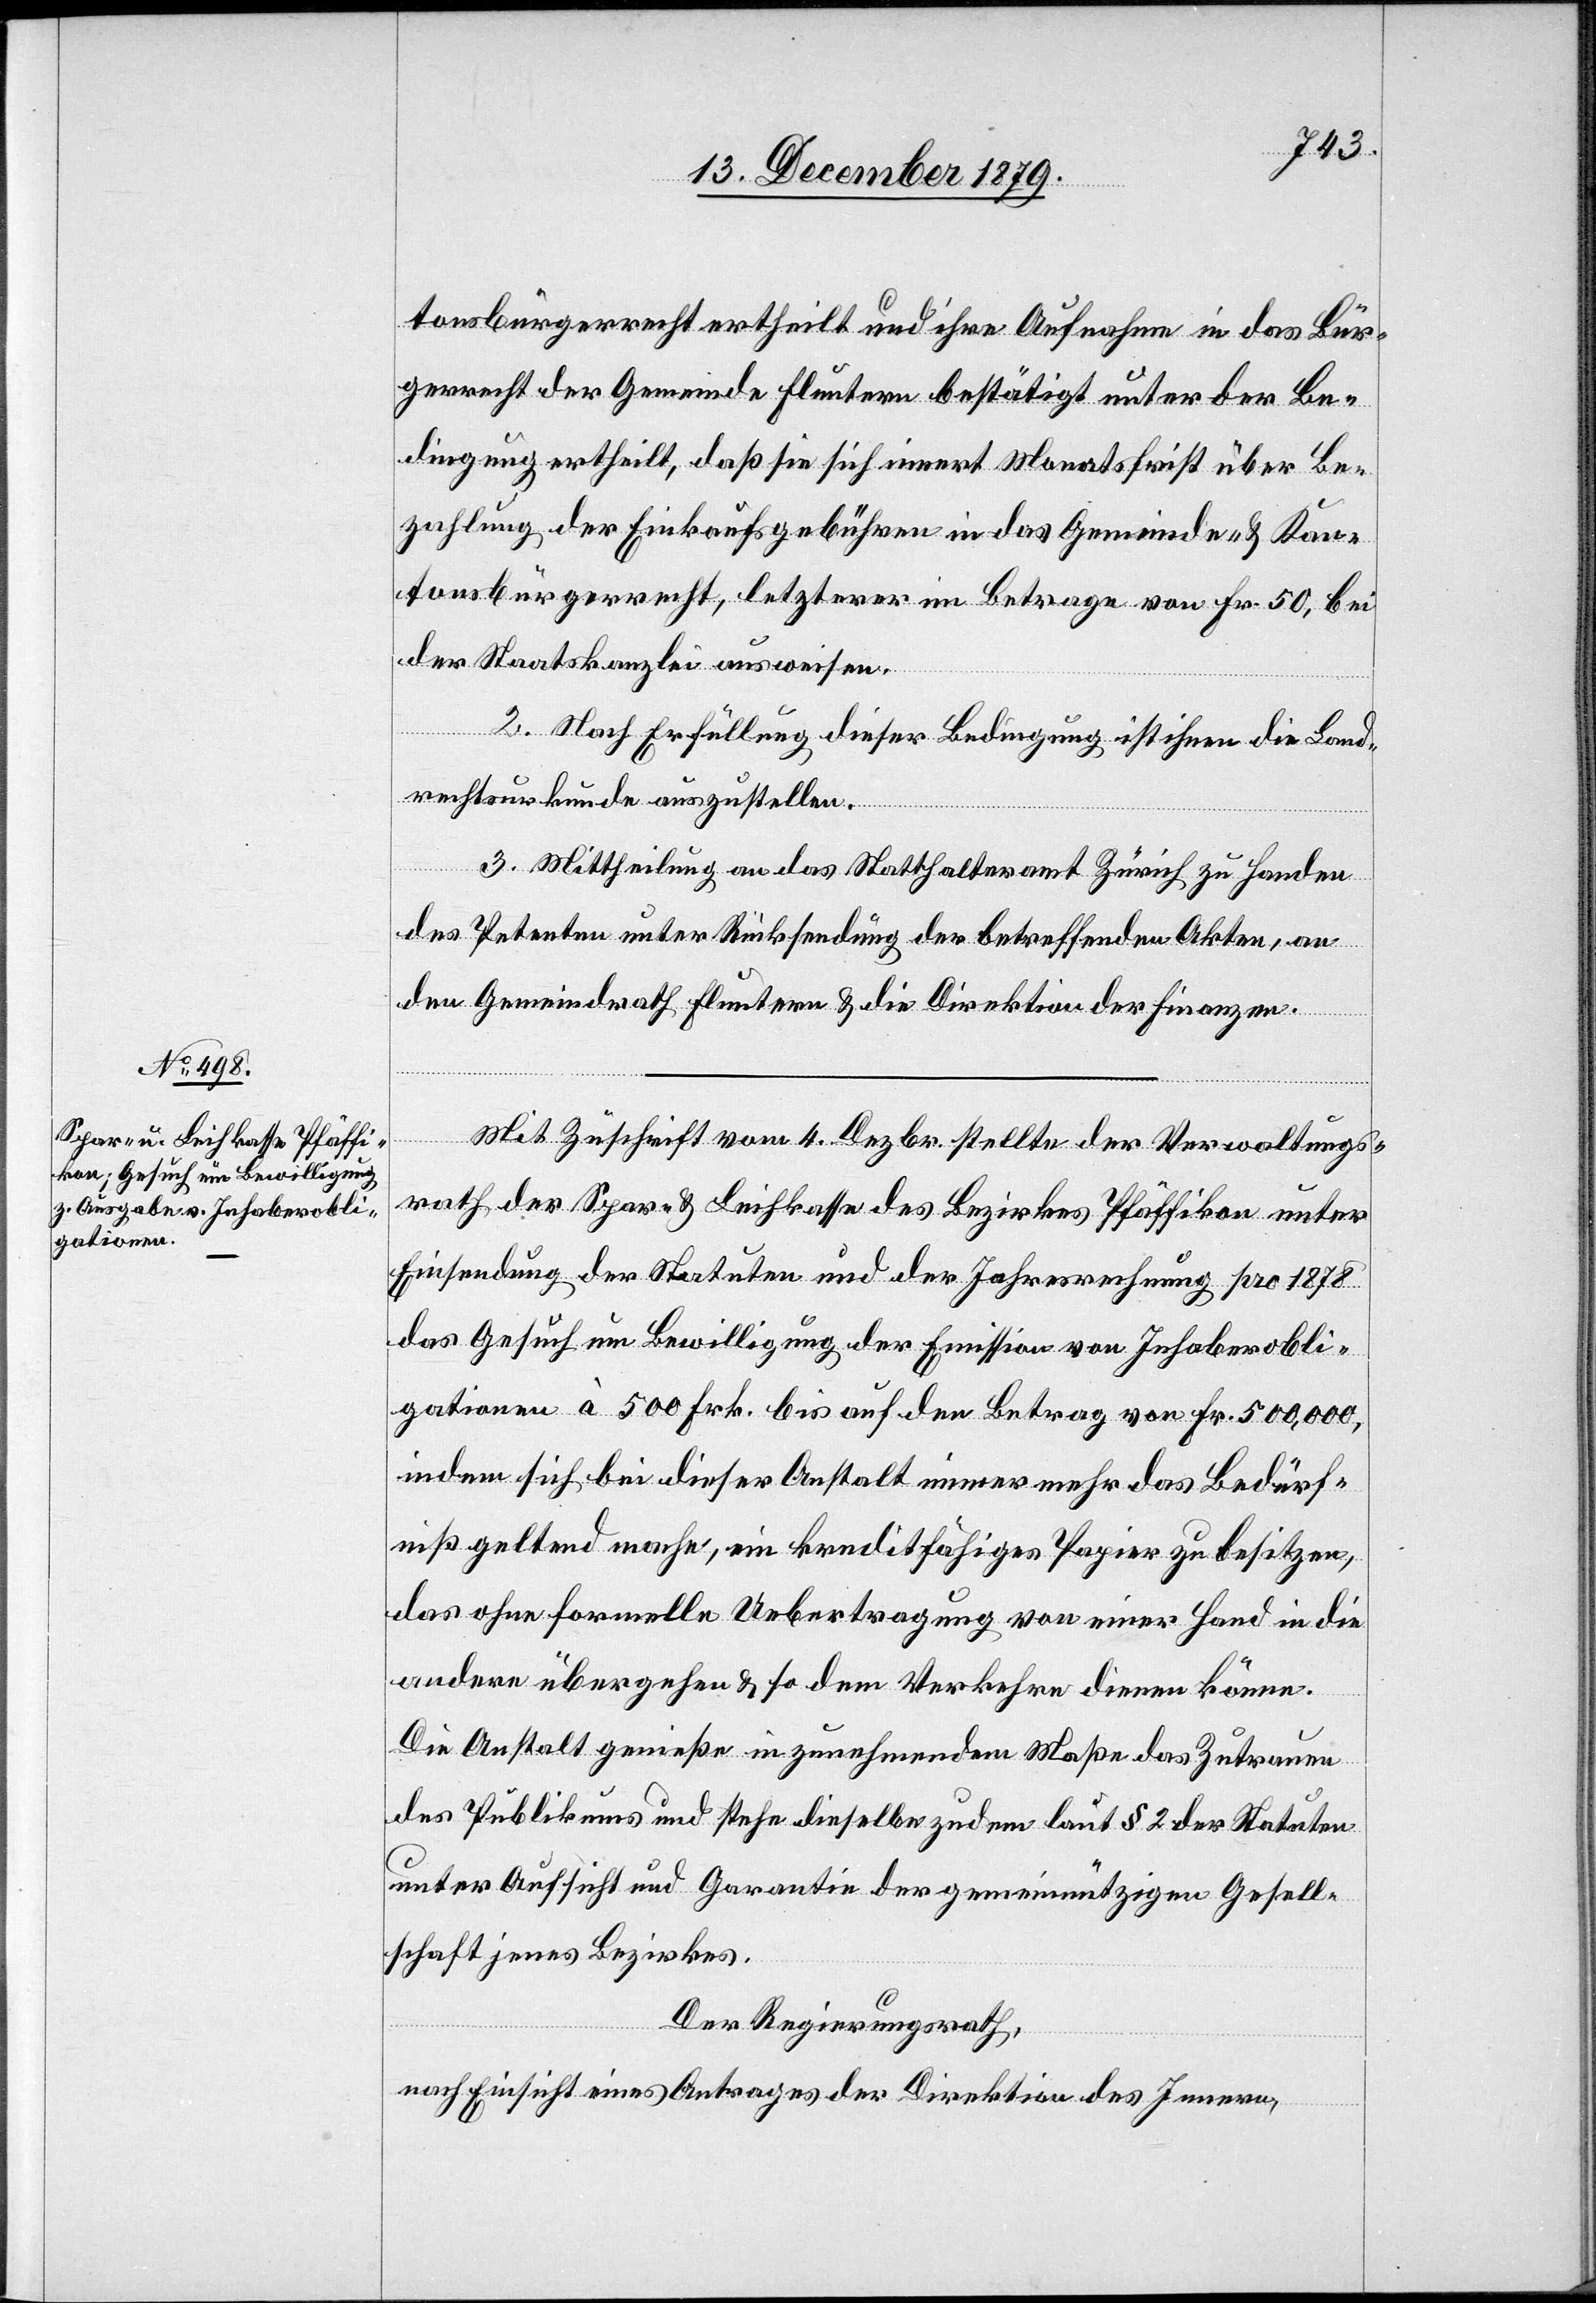
tonsbürgerrecht ertheilt und ihre Aufnahme in das Bür¬
gerrecht der Gemeinde Fluntern bestätigt unter der Bed¬
Bezahlung der Einkaufsgebühren in das Gemeinde- & Kan¬
tonsbürgerrecht, letzterer im Betrage von Fr. 50, bei
der Staatskanzlei ausweisen.
2. Nach Erfüllung dieser Bedingung ist ihnen die Land¬
rechtsurkunde auszustellen.
ingung
3. Mittheilung an das Statthalteramt Zürich zu Handen
des Petenten unter Rücksendung der betreffenden Akten, an
den Gemeindrath Fluntern & die Direktion der Finanzen.
Mit Zuschrift vom 4. Dezbr. stellte der Verwaltungs¬
rath der Spar- & Leihkasse des Bezirkes Pfäffikon unter
Einsendung der Statuten und der Jahresrechnung pro 1878
das Gesuch um Bewilligung der Emission von Inhaberobli¬
gationen à 500 Frk. bis auf den Betrag von Fr. 500,000,
indem sich bei dieser Anstalt immer mehr das Bedürf¬
nis geltend mache, ein kreditfähiges Papier zu besitzen,
das ohne formelle Uebertragung von einer Hand in die
andere übergehe & so dem Verkehre dienen könne.
Die Anstalt genieße in zunehmendem Maße das Zutrauen
des Publikums und stehe dieselbe zudem laut § 2 der Statuten
unter Aufsicht und Garantie der gemeinnützigen Gesell¬
schaft jenes Bezirkes.
Der Regierungsrath,
nach Einsicht eines Antrages der Direktion des Innern,